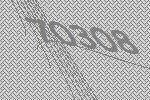
70308